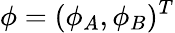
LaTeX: {\phi}=(\phi_{A},\phi_{B})^{T}